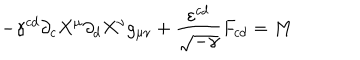
- \gamma ^ { c d } \partial _ { c } X ^ { \mu } \partial _ { d } X ^ { \nu } g _ { \mu \nu } + \frac { \varepsilon ^ { c d } } { \sqrt { - \gamma } } F _ { c d } = M